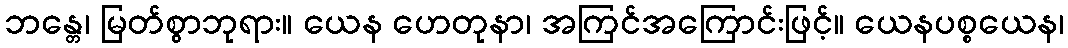
ဘန္တေ၊ မြတ်စွာဘုရား။ ယေန ဟေတုနာ၊ အကြင်အကြောင်းဖြင့်။ ယေနပစ္စယေန၊